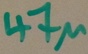
Text: 47µ